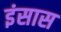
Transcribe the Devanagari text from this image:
इंसास